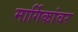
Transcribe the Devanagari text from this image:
मार्गिकांवर